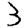
Digit: 3